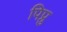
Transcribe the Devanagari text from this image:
पिप्रु